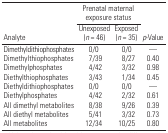
|  | <COLSPAN=2> Prenatal maternal exposure status |  |
 | Analyte | Unexposed (n = 46) | Exposed (n = 35) | p-Value |
 | --- | --- | --- | --- |
 | Dimethyldithiophosphates | 0/0 | 0/0 | — |
 | Dimethylthiophosphates | 7/39 | 8/27 | 0.40 |
 | Dimethylphosphates | 4/42 | 3/32 | 0.98 |
 | Diethylthiophosphates | 3/43 | 1/34 | 0.45 |
 | Diethyldithiophosphates | 0/0 | 0/0 | — |
 | Diethylphosphates | 4/42 | 2/32 | 0.61 |
 | All dimethyl metabolites | 8/38 | 9/26 | 0.39 |
 | All diethyl metabolites | 5/41 | 3/32 | 0.73 |
 | All metabolites | 12/34 | 10/25 | 0.80 |